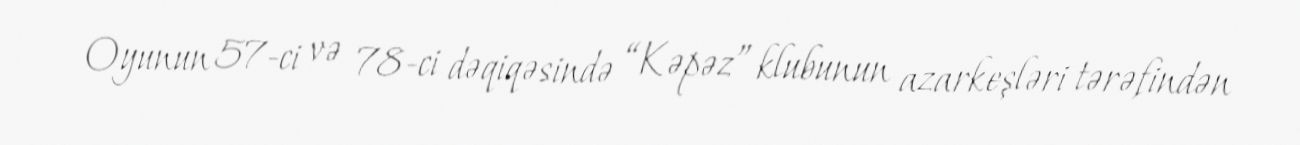
Oyunun 57-ci və 78-ci dəqiqəsində “Kəpəz” klubunun azarkeşləri tərəfindən